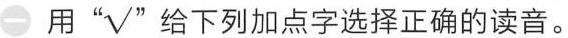
一 用”√”给下列加点字选择正确的读音。